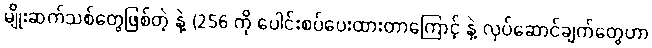
မျိုးဆက်သစ်တွေဖြစ်တဲ့ နဲ့ (256 ကို ပေါင်းစပ်ပေးထားတာကြောင့် နဲ့ လုပ်ဆောင်ချက်တွေဟာ